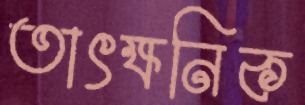
তাৎক্ষনিক